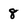
Character: 8